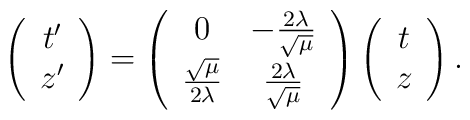
\left(\begin{array}{c}t^{\prime } \\z^{\prime }\end{array}\right) =\left(\begin{array}{cc}0 & -\frac{2\lambda }{\sqrt{\mu }} \\\frac{\sqrt{\mu }}{2\lambda } & \frac{2\lambda }{\sqrt{\mu }}\end{array}\right) \left(\begin{array}{c}t \\z\end{array}\right) .